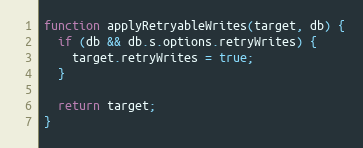
Language: JavaScript
function applyRetryableWrites(target, db) {
  if (db && db.s.options.retryWrites) {
    target.retryWrites = true;
  }

  return target;
}